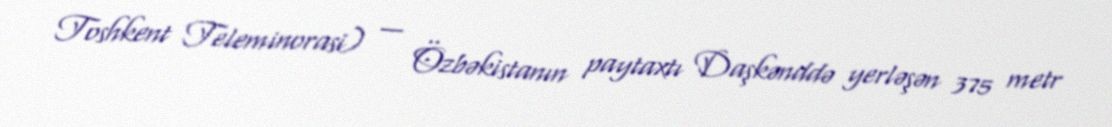
Toshkent Teleminorasi) — Özbəkistanın paytaxtı Daşkənddə yerləşən 375 metr